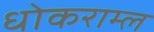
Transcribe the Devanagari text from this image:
धोकराम्ल